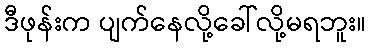
ဒီဖုန်းက ပျက်နေလို့ခေါ်လို့မရဘူး။